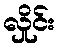
လှိုင်း